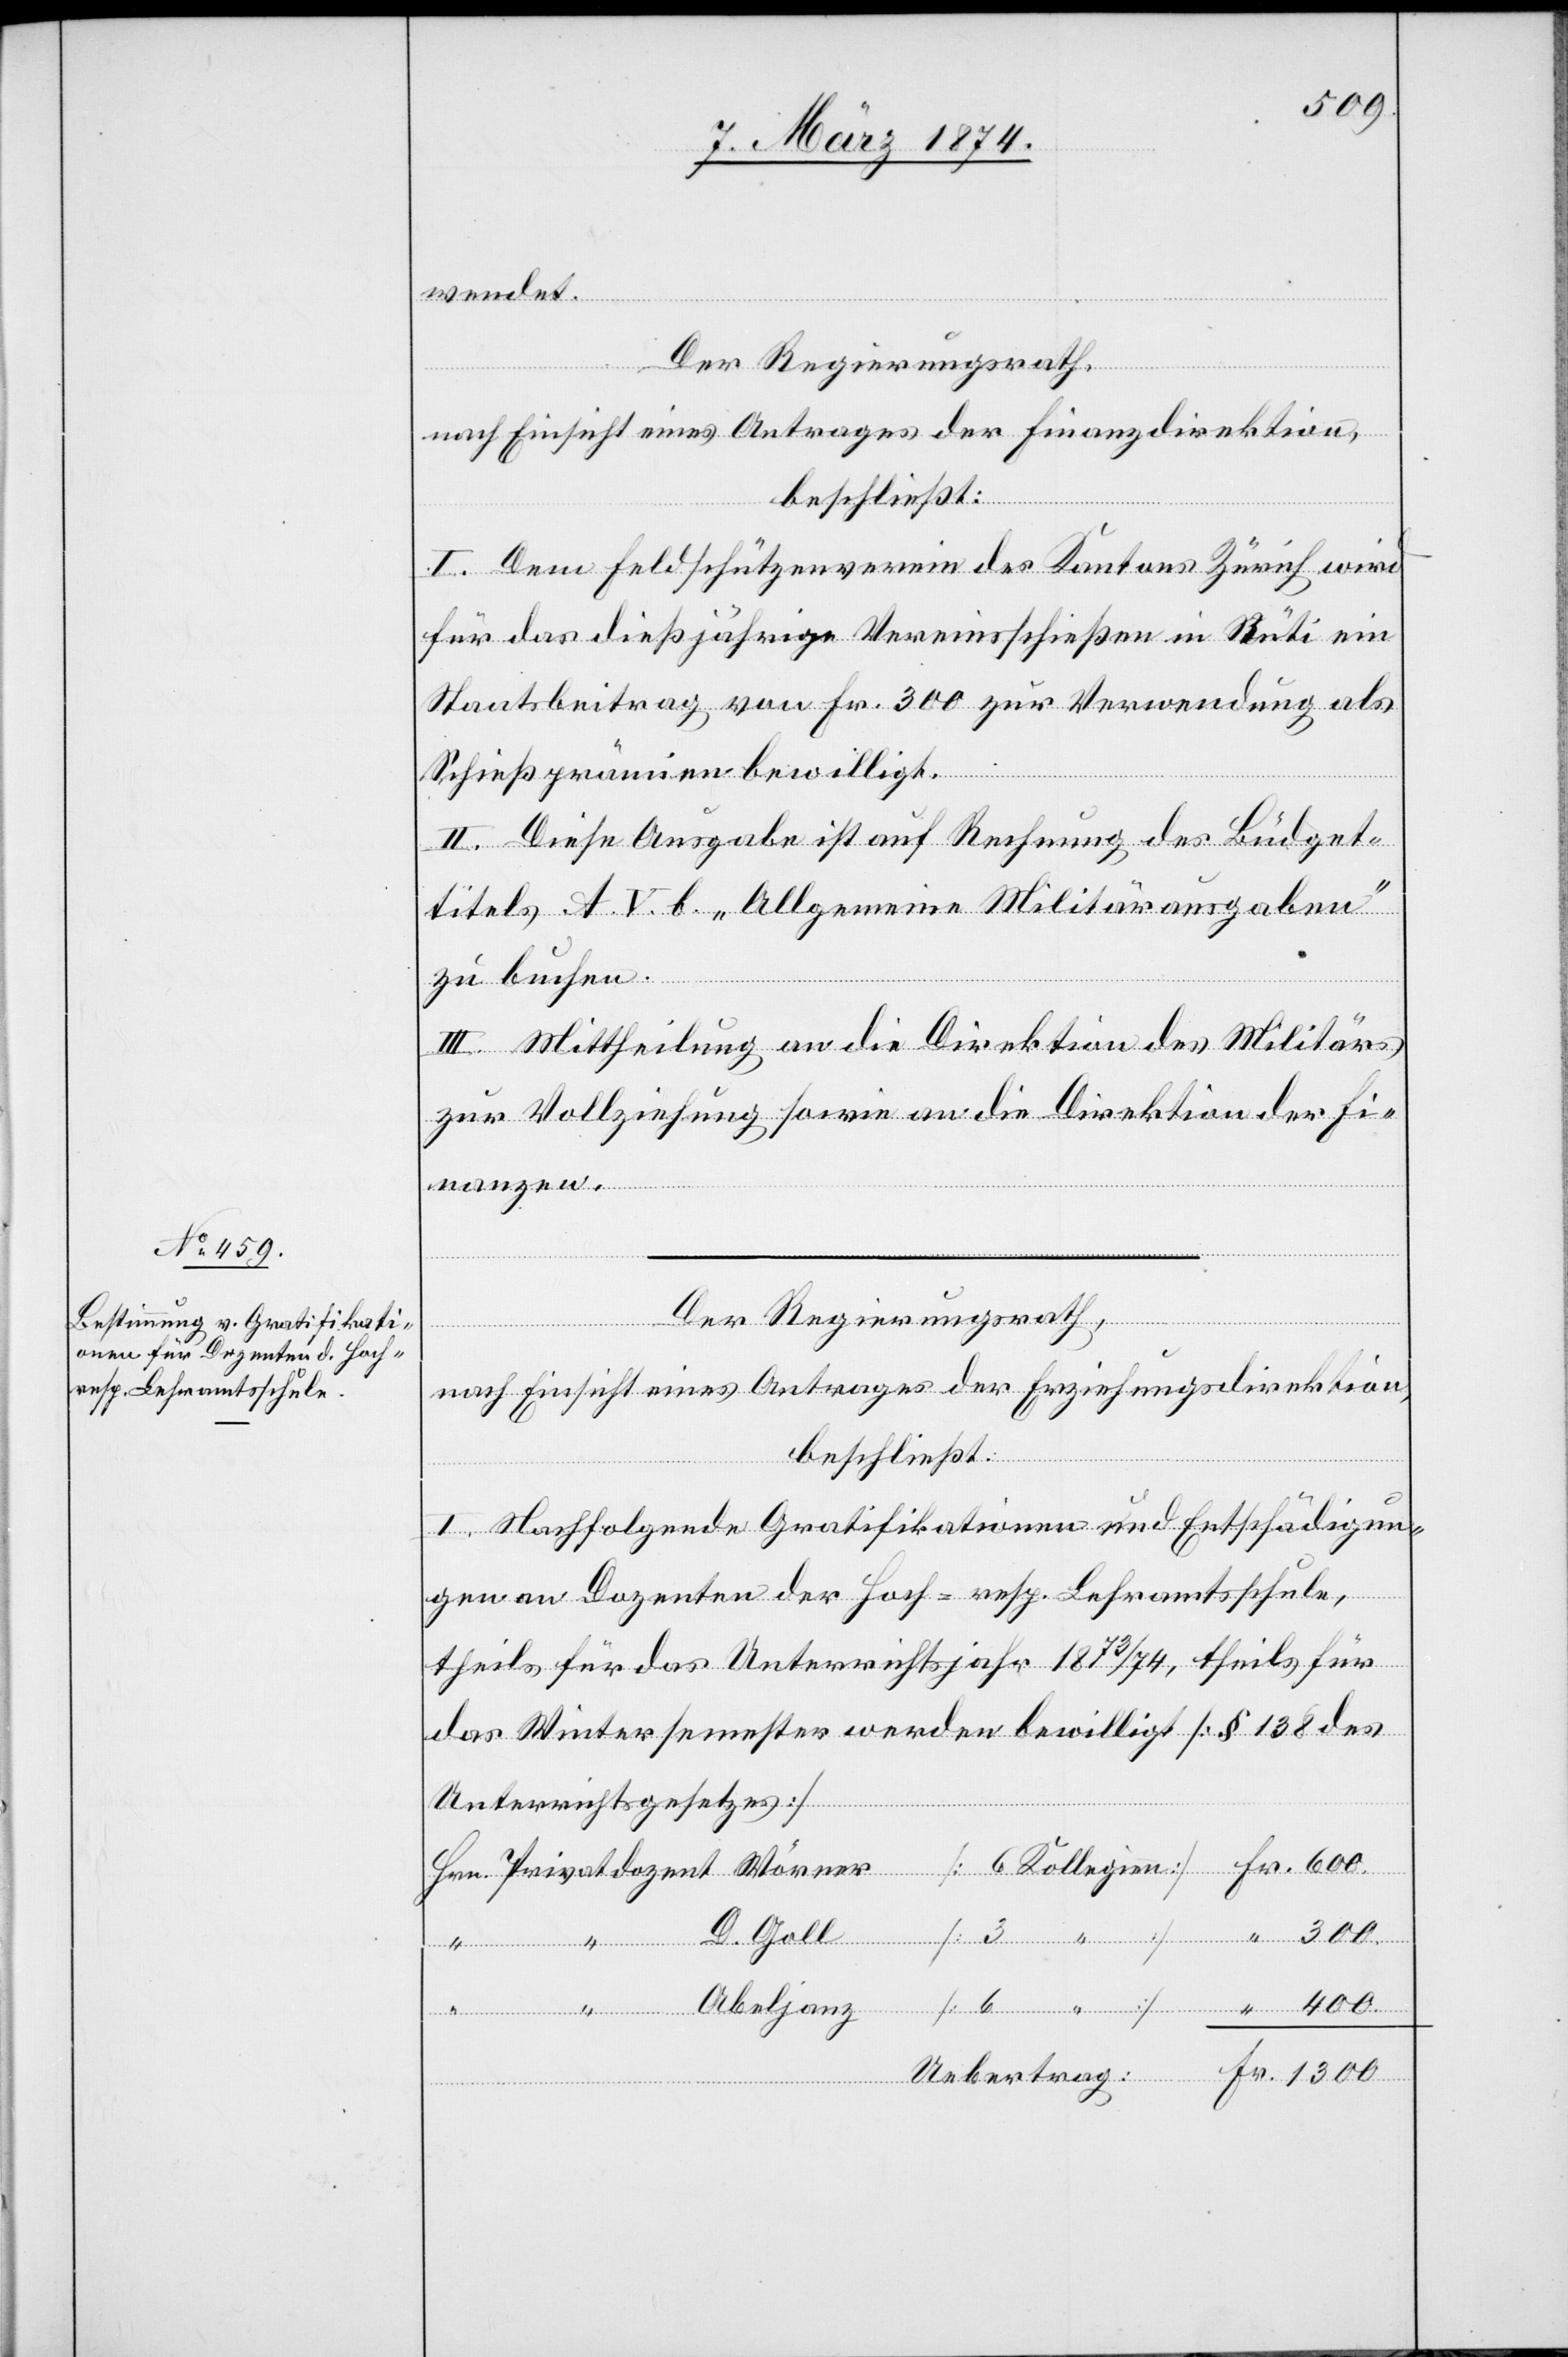
wendet.
Hrn.
Der Regierungsrath,
nach Einsicht eines Antrages der Finanzdirektion,
beschließt:
I. Dem Feldschützenverein des Kantons Zürich wird
für das dießjährige Vereinsschießen in Rüti ein
Staatsbeitrag von Fr. 300 zur Verwendung als
Schießprämien bewilligt.
II. Diese Ausgabe ist auf Rechnung des Büdget¬
titels A V. b. „Allgemeine Militärausgaben“
zu buchen.
III. Mittheilung an die Direktion des Militärs
zur Vollziehung sowie an die Direktion der Fi¬
D.
nanzen.
Der Regierungsrath,
nach Einsicht eines Antrages der Erziehungsdirektion,
beschließt:
I. Nachfolgende Gratifikationen und Entschädigun¬
gen an Dozenten der Hoch- resp. Lehramtsschule,
theils für das Unterrichtsjahr 1873/74, theils für
das Wintersemester werden bewilligt [§ 138 des
Unterrichtsgesetzes]
Kollegien
3
400